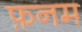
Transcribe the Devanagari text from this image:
फ़नम